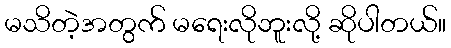
မသိတဲ့အတွက် မရေးလိုဘူးလို့ ဆိုပါတယ်။